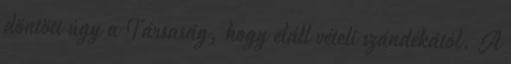
döntött úgy a Társaság, hogy eláll vételi szándékától. A